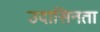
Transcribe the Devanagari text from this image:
उदासिनता